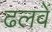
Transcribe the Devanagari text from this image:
ढलवें